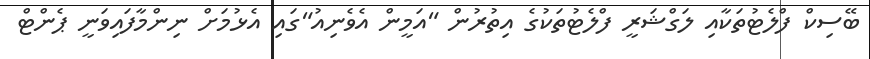
ބޭސިކް ފްލެޓުތަކާއި ލަގްޝަރީ ފްލެޓުތަކުގެ އިތުރުން "އަމީން އެވެނިއު"ގައި އެޅުމަށް ނިންމާފައިވަނީ ޕެންޓް